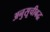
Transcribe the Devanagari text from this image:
अनुसूचीबद्ध